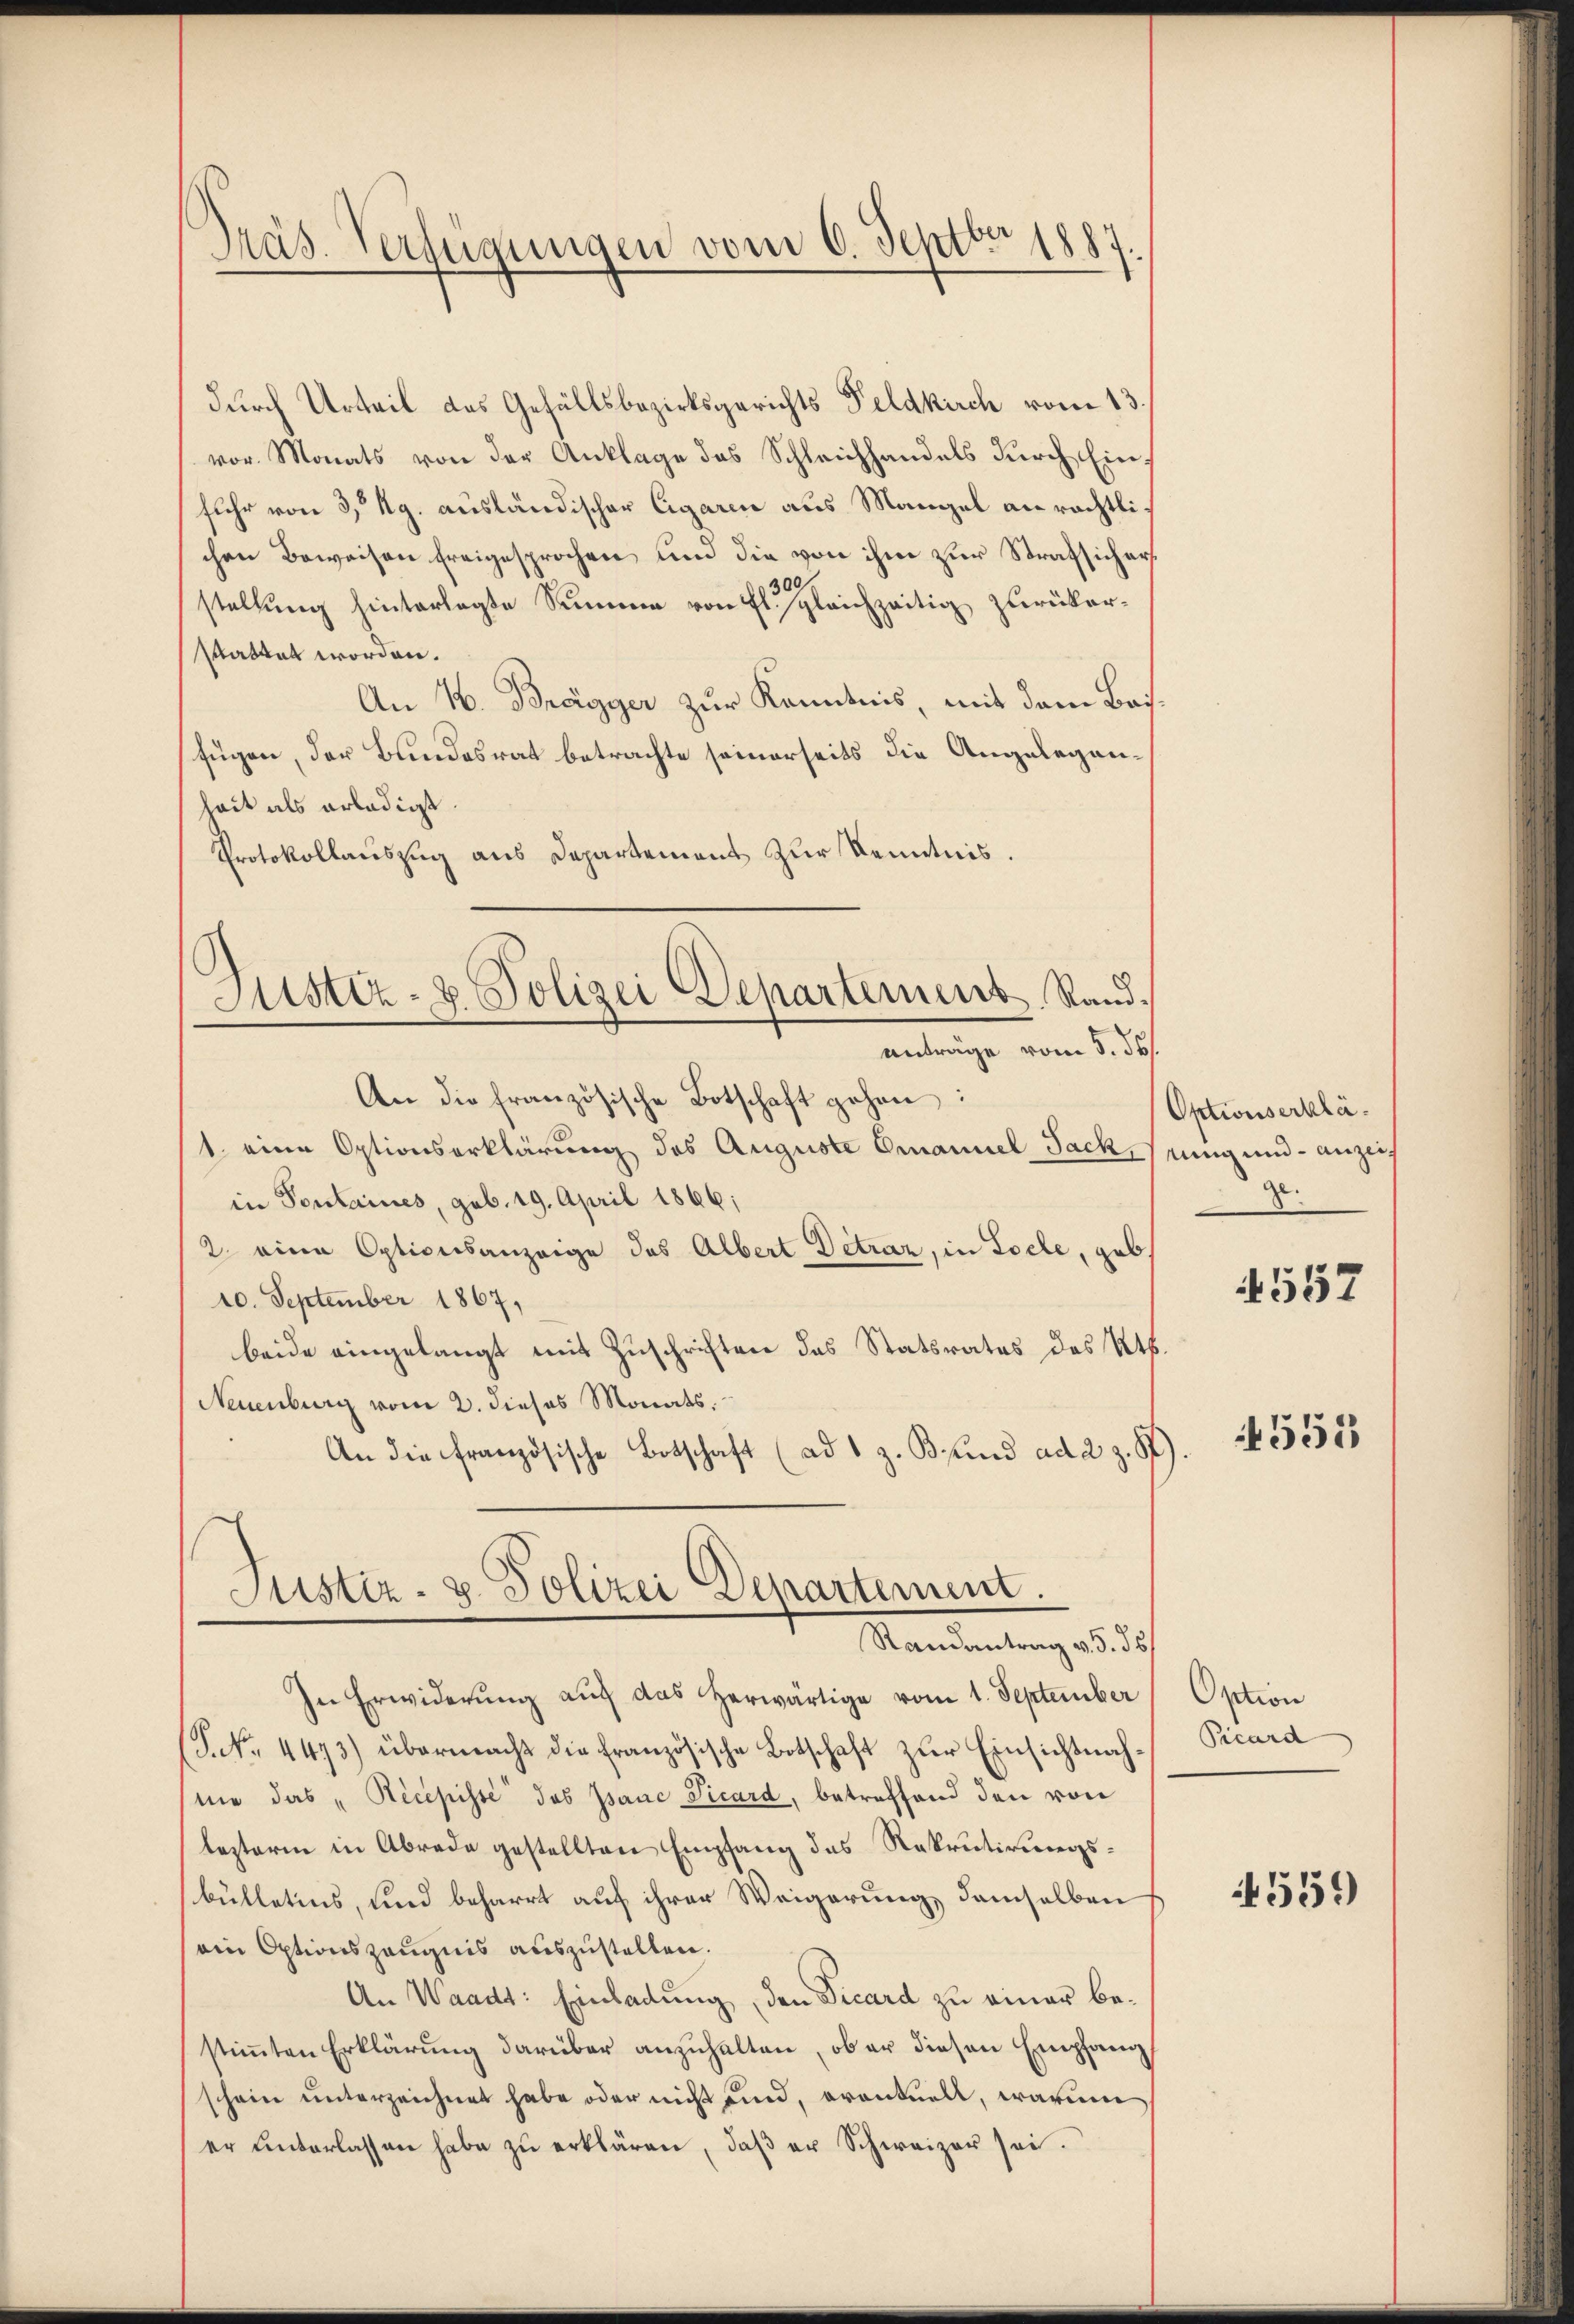
Präs. Verfügungen vom 6. Septbr 1887.

durch Urteil des Gefällsbezirksgerichts Feldkirch vom 13.
vor. Monats von der Anklage das Schleichhandels durch Einfuhr von 3 Kg. ausländischer Cigaren aus Mangel an rächtlichen Beweisen freigesprochen und die von ihm zur Strafsichers
300
stellung hinterlegte Summe von fl. gleichzeitig zurükerstattet worden.
An N. Bregger zur Kenntnis, mit dem Basfügen, der Bundesrat betrachte seinerseits die Angeleganheit als erledigt.
Protokollauszug aus Departement zur Kenntnis.
Justiz- & Polizei Departement Rand.
anträge vom 5. ds.
An die französische Botschaft gehen:
1. eine Optionserklärung des Auguste Emanuel Jack, eing und anzen
in Pontaines, geb. 19. April 1866;
2. eine Optionsanzeige des Albert Detraz, in Loele, geb.
10. September 1867,
beide eingelangt mit Zuschriften des Statsrates des Kts.
Neuenburg vom 2. dieses Monats.
An die Französische Botschaft (ad 1 z. Bund ad 2 Z. 8)

Sistiz- & Polizei Departement.
Randantrag v. 5. 55

In Erwiderŭng aŭf das herwärtige vom 1. September
(P. No. 4473) übermacht die französische Botschaft zur Einsichtnahnie das „Recepisse das Janc Picard, betreffend den von
lezterm in Abrede gestellten Empfang des Rekrutirungsbulletins, und beharrt auf ihrer Weigerung demselben
ain Optionszeugnis auszustellen.
An Waadt: Einladung, den Vicard zu einer bestiṁten Erklärŭng darüber anzŭhalten, ob er diesen Empfang
schein unterzeichnet habe oder nicht und, eventuell, warum
er ŭnterlassen habe zŭ erklären, daβ er Schweizer sei.

Optionserkläz.

1552

4555

Option
Picard

539)